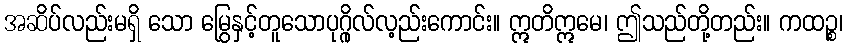
အဆိပ်လည်းမရှိ သော မြွေနှင့်တူသောပုဂ္ဂိုလ်လ့ည်းကောင်း။ ဣတိဣမေ၊ ဤသည်တို့တည်း။ ကထဉ္စ၊